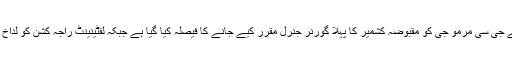
بھارت کی جانب سے بھارتی فوج کے جی سی مرمو جی کو مقبوضہ کشمیر کا پہلا گورنر جنرل مقرر کیے جانے کا فیصلہ کیا گیا ہے جبکہ لفٹینینٹ راجہ کشن کو لداخ کا گورنر بنانے کا فیصلہ کیا گیا ہے۔